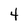
Character: 4